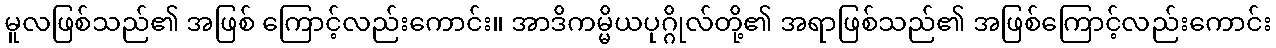
မူလဖြစ်သည်၏ အဖြစ် ကြောင့်လည်းကောင်း။ အာဒိကမ္မိယပုဂ္ဂိုလ်တို့၏ အရာဖြစ်သည်၏ အဖြစ်ကြောင့်လည်းကောင်း